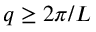
q \geq 2 \pi / L